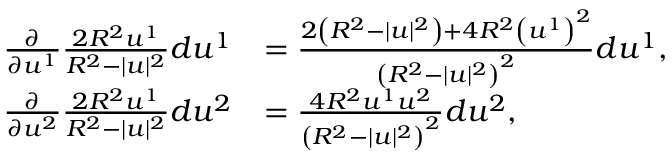
{ \begin{array} { r l } { { \frac { \partial } { \partial u ^ { 1 } } } { \frac { 2 R ^ { 2 } u ^ { 1 } } { R ^ { 2 } - | u | ^ { 2 } } } d u ^ { 1 } } & { = { \frac { 2 \left( R ^ { 2 } - | u | ^ { 2 } \right) + 4 R ^ { 2 } \left( u ^ { 1 } \right) ^ { 2 } } { \left( R ^ { 2 } - | u | ^ { 2 } \right) ^ { 2 } } } d u ^ { 1 } , } \\ { { \frac { \partial } { \partial u ^ { 2 } } } { \frac { 2 R ^ { 2 } u ^ { 1 } } { R ^ { 2 } - | u | ^ { 2 } } } d u ^ { 2 } } & { = { \frac { 4 R ^ { 2 } u ^ { 1 } u ^ { 2 } } { \left( R ^ { 2 } - | u | ^ { 2 } \right) ^ { 2 } } } d u ^ { 2 } , } \end{array} }